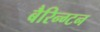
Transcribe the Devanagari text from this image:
बैरिन्ग्टन